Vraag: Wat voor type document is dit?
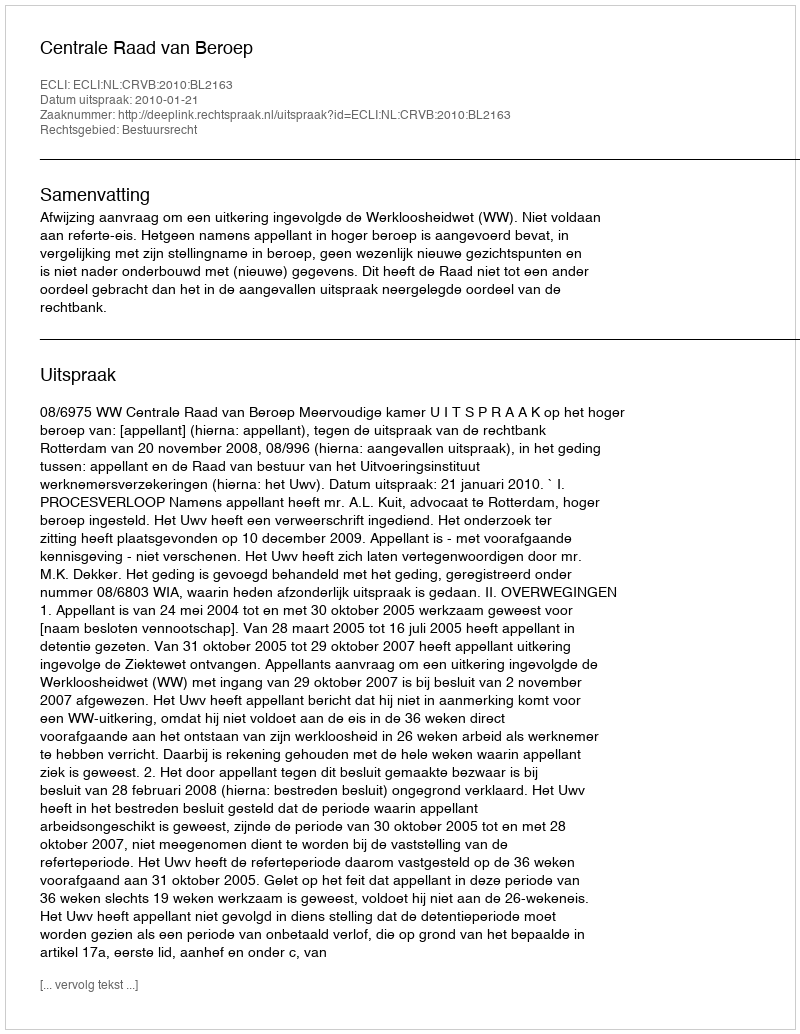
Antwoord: Uitspraak